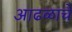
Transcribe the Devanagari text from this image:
आढळाचे